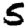
Digit: 5